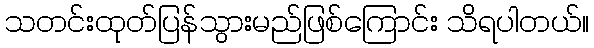
သတင်းထုတ်ပြန်သွားမည်ဖြစ်ကြောင်း သိရပါတယ်။